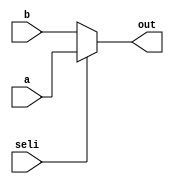
`timescale 1ms/1ns
module mux_2x1(out,seli,a,b);
	input seli,a,b;
	output out;
	
	assign out=seli?a:b;
endmodule

module mux_8x1(out,sel,in0,in1,in2,in3,in4,in5,in6,in7);
	input in0,in1,in2,in3,in4,in5,in6,in7;
	input [2:0]sel;
	output out;
	
	//assign out = sel[2] ? (sel[1] ? (sel[0] ? in7:in6) : (sel[0] ? in5:in4)) : (sel[1] ? (sel[0] ? in7:in6) : (sel[0] ? in7:in6));
	assign out=(sel==3'b111)?in7:(sel==3'b110)?in6:(sel==3'b101)?in5:(sel==3'b100)?in4:(sel==3'b011)?in3:(sel==3'b010)?in2:(sel==3'b001)?in1:in0;
endmodule

module mux_array(e,g,c,d);
	input [7:0] c,d,g;
	output [7:0]e;
	
	genvar j;
	generate
		for(j=0;j<8;j=j+1) 
		begin:muxloop
			mux_2x1 m1(e[j],g[j],c[j],d[j]);
		end 
	endgenerate
endmodule

module counter_3bit(count,clear,clk);
	input clear,clk;
	output reg [2:0]count;
	
	always@(posedge clk or negedge clear) begin
		if(!clear) begin
			count<=3'b000;
		end
		else begin
			count<=count+1;
		end
	end
endmodule

module decoder(out,en,count);
	input en;
	input [2:0]count;
	output reg [7:0]out;
	
	always@(en or count) begin
		
		out=8'b00000000;
		if(en) begin
			case(count)  
				3'b000: out[0]<=1;
				3'b001: out[1]<=1;
				3'b010: out[2]<=1;
				3'b011: out[3]<=1;
				3'b100: out[4]<=1;
				3'b101: out[5]<=1;
				3'b110: out[6]<=1;
				3'b111: out[7]<=1;
			endcase
		end
	end
endmodule

module memory(g,s);
	input [2:0]s;
	output reg [7:0]g;
	integer j;
	reg [7:0]mem [0:7];
	initial begin
		mem[0]=8'h01;
		mem[1]=8'h03;
		mem[2]=8'h05;
		mem[3]=8'h07;
		mem[4]=8'h0f;
		mem[5]=8'h3f;
		mem[6]=8'h7f;
		mem[7]=8'hff;
	end
	always@(s or g) begin

		j=s;
		g=mem[j];
	end
endmodule

module top_module(o,clear,clk,en,s);
	input en,clk,clear;
	input [2:0]s;
	output o;
	
	wire [2:0] count;
	wire [7:0] c,g,e;
	counter_3bit cnt(count,clear,clk);
	decoder d(c,en,count);
	memory m(g,s);
	mux_array  m1(e,g,c,8'b00000000);
	mux_8x1 m2(o,count,e[0],e[1],e[2],e[3],e[4],e[5],e[6],e[7]);
endmodule

module testbench;
	reg clk,clear,en;
	reg [2:0]s;
	wire o;
	
	initial 
		$monitor($time," clear=%b clk=%b en=%b s=%b o=%b",clear,clk,en,s,o);
	always
		#0.5 clk=~clk;
		
	top_module tm(o,clear,clk,en,s);
	initial begin
		#0 clk=0;
		en=1;
		#0 clear=0;
		#5 clear=1;
		s=3'b000;
		repeat(7)
			#8 s=s+3'b001;
		#100 $finish;
	end
endmodule